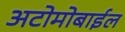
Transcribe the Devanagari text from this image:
अटोमोबाईल